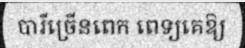
បារីច្រើនពេក ពេទ្យគេឱ្យ